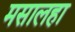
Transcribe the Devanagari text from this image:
मसालहा